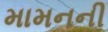
મામનની